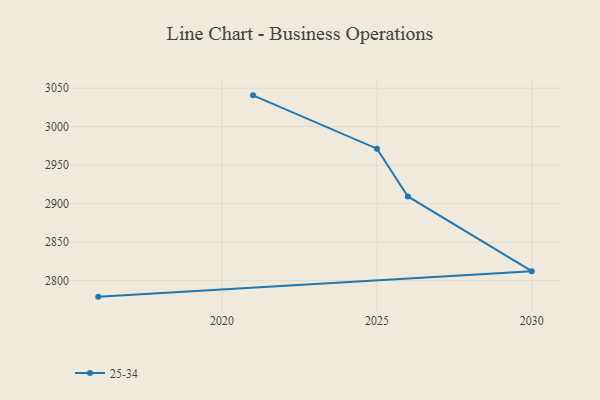
{"axis": {"x": "Year", "y": "Churn Rate (%)"}, "legend": ["25-34"], "data": [{"x": "2021", "y": 3040.7, "type": "25-34"}, {"x": "2025", "y": 2971.4, "type": "25-34"}, {"x": "2026", "y": 2909.3, "type": "25-34"}, {"x": "2030", "y": 2812.2, "type": "25-34"}, {"x": "2016", "y": 2779.1, "type": "25-34"}]}